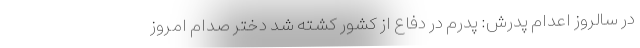
در سالروز اعدام پدرش: پدرم در دفاع از کشور کشته شد دختر صدام امروز